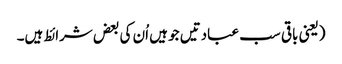
(یعنی باقی سب عبادتیں جو ہیں اُن کی بعض شرائط ہیں۔